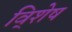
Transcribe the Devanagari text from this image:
वि्शेष